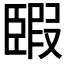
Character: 𦣯